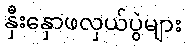
နှီးနှောဖလှယ်ပွဲများ